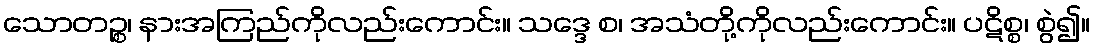
သောတဉ္စ၊ နားအကြည်ကိုလည်းကောင်း။ သဒ္ဒေ စ၊ အသံတို့ကိုလည်းကောင်း။ ပဋိစ္စ၊ စွဲ၍။